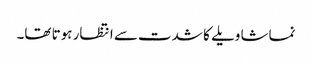
نماشا ویلے کا شدت سے انتظار ہوتا تھا۔